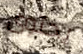
يحتوى